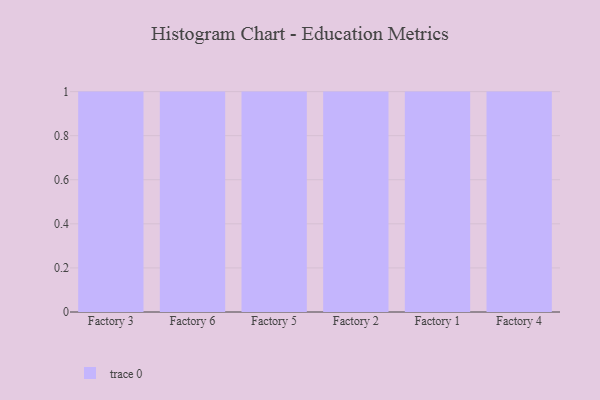
{"axis": {"x": "Factory", "y": "Population (Million)"}, "legend": [""], "data": [{"x": "Factory 3", "y": 13, "type": ""}, {"x": "Factory 6", "y": 83, "type": ""}, {"x": "Factory 5", "y": 18, "type": ""}, {"x": "Factory 2", "y": 52, "type": ""}, {"x": "Factory 1", "y": 45, "type": ""}, {"x": "Factory 4", "y": 40, "type": ""}]}